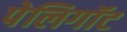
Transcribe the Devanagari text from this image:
पेलिगॉट